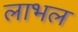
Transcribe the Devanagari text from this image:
लाभल